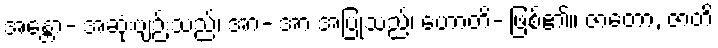
အန္တော- အဆုံးဗျဉ်းသည်၊ အာ- အာ အပြုသည်၊ ဟောတိ- ဖြစ်၏။ ဇာတော, ဇာတိ